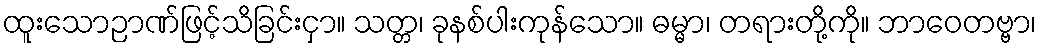
ထူးသောဉာဏ်ဖြင့်သိခြင်းငှာ။ သတ္တ၊ ခုနစ်ပါးကုန်သော။ ဓမ္မာ၊ တရားတို့ကို။ ဘာဝေတဗ္ဗာ၊